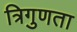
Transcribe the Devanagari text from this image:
त्रिगुणता